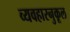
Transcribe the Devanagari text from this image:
व्यवहारनुकूल